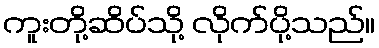
ကူးတို့ဆိပ်သို့ လိုက်ပို့သည်။